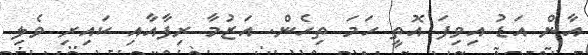
އާން އަޑު އިވިފަ އޮތީ ހަމަ ތިހެން. އަޒުމާ ރިފާއާއި ކައިރި ވެލި